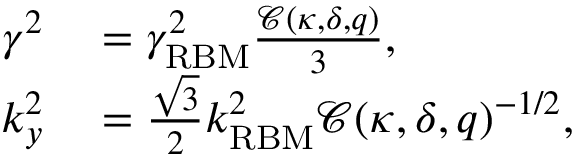
\begin{array} { r l } { \gamma ^ { 2 } } & { { } = \gamma _ { \mathrm { { R B M } } } ^ { 2 } \frac { \mathcal { C } ( \kappa , \delta , q ) } { 3 } , } \\ { k _ { y } ^ { 2 } } & { { } = \frac { \sqrt { 3 } } { 2 } k _ { \mathrm { { R B M } } } ^ { 2 } \mathcal { C } ( \kappa , \delta , q ) ^ { - 1 / 2 } , } \end{array}